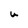
Character: U